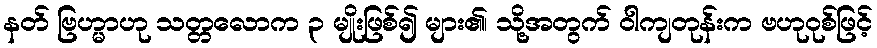
နတ် ဗြဟ္မာဟု သတ္တလောက ၃ မျိုးဖြစ်၍ များ၏၊ သို့အတွက် ဝါကျတုန်းက ဗဟုဝုစ်ဖြင့်